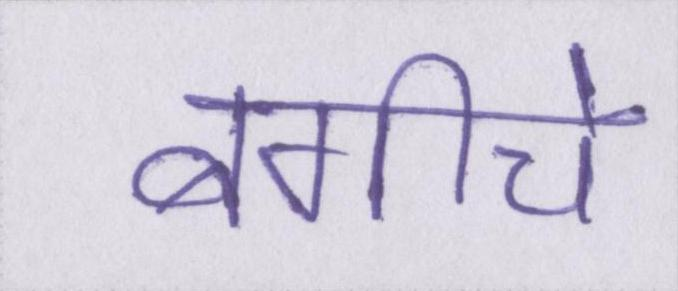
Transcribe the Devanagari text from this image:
बगीचे